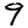
Digit: 9